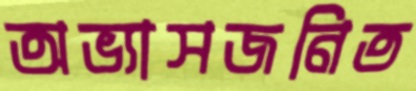
অভ্যাসজনিত